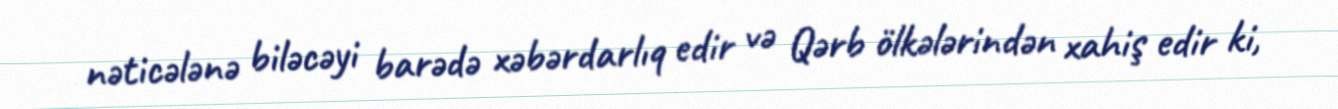
nəticələnə biləcəyi barədə xəbərdarlıq edir və Qərb ölkələrindən xahiş edir ki,